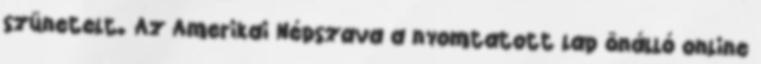
szünetelt. Az Amerikai Népszava a nyomtatott lap önálló online